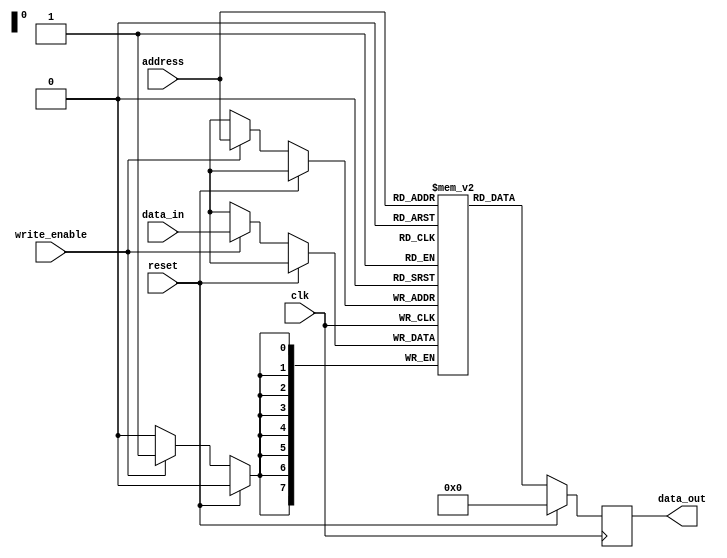
module DRAM (
    input wire clk,
    input wire reset,
    input wire [7:0] address,
    input wire write_enable,
    input wire [7:0] data_in,
    output reg [7:0] data_out
);

reg [7:0] memory [0:255]; // 256 memory blocks

always @(posedge clk) begin
    if (reset) begin
        data_out <= 8'b0;
    end else begin
        if (write_enable) begin
            memory[address] <= data_in;
        end
        data_out <= memory[address];
    end
end

endmodule